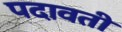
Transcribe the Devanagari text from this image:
पदावती